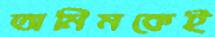
তামিমকেই